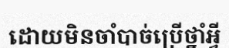
ដោយមិនចាំបាច់ប្រើថ្នាំអ្វី